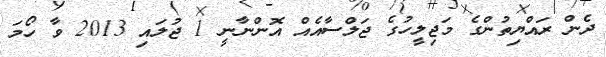
ދެން ރައްޔިތުންގެ މަޖިލީހުގެ ޖަލްސާއެއް އޮންނާނީ 1 ޖުލައި 2013 ވާ ހޯމަ